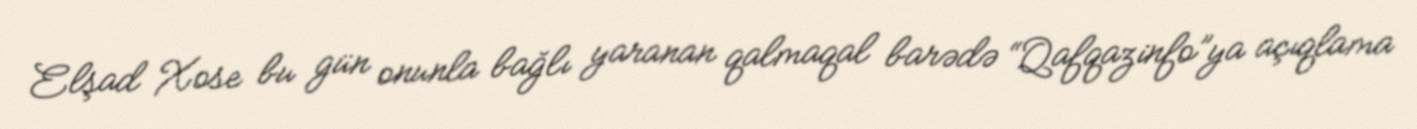
Elşad Xose bu gün onunla bağlı yaranan qalmaqal barədə “Qafqazinfo”ya açıqlama